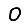
Digit: 0